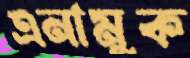
এনামুক